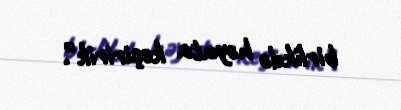
birlikdə həyata keçiririk”.